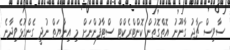
ސާވިސް ޗާޖު ގާނޫނު އޮތްގޮތުން ކޮންޓްރެކްޓް ސްޓާފުންނަށް މި އިނާޔަތް ނުދީ ގެންގުޅެވިދާނެ